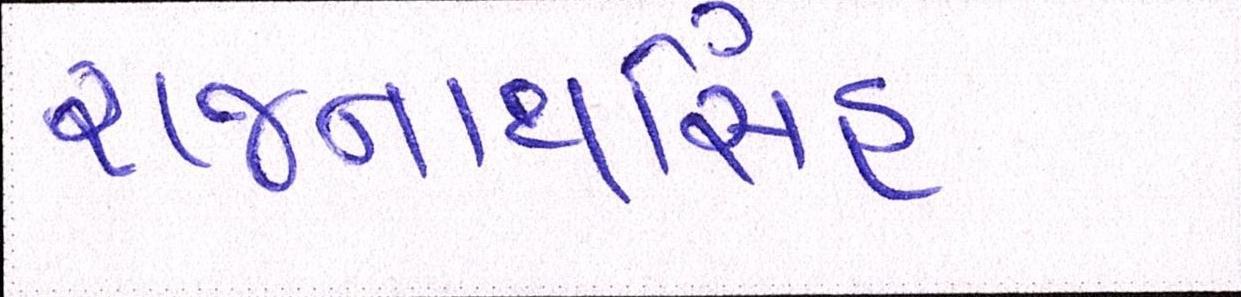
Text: રાજનાથસિંહ